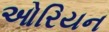
ઓરિયન